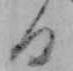
る